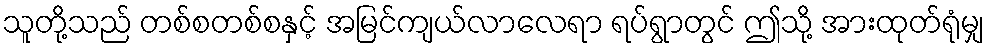
သူတို့သည် တစ်စတစ်စနှင့် အမြင်ကျယ်လာလေရာ ရပ်ရွာတွင် ဤသို့ အားထုတ်ရုံမျှ